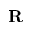
\textbf { R }